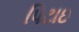
પિટાઇ